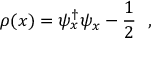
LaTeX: \rho ( x ) = \psi _ { x } ^ { \dag } \psi _ { x } - \frac { 1 } { 2 } \ \ ,